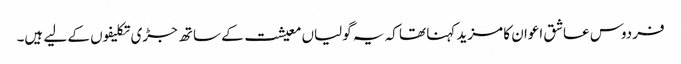
فردوس عاشق اعوان کا مزید کہنا تھا کہ یہ گولیاں معیشت کے ساتھ جڑی تکلیفوں کے لیے ہیں۔